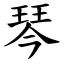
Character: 琴